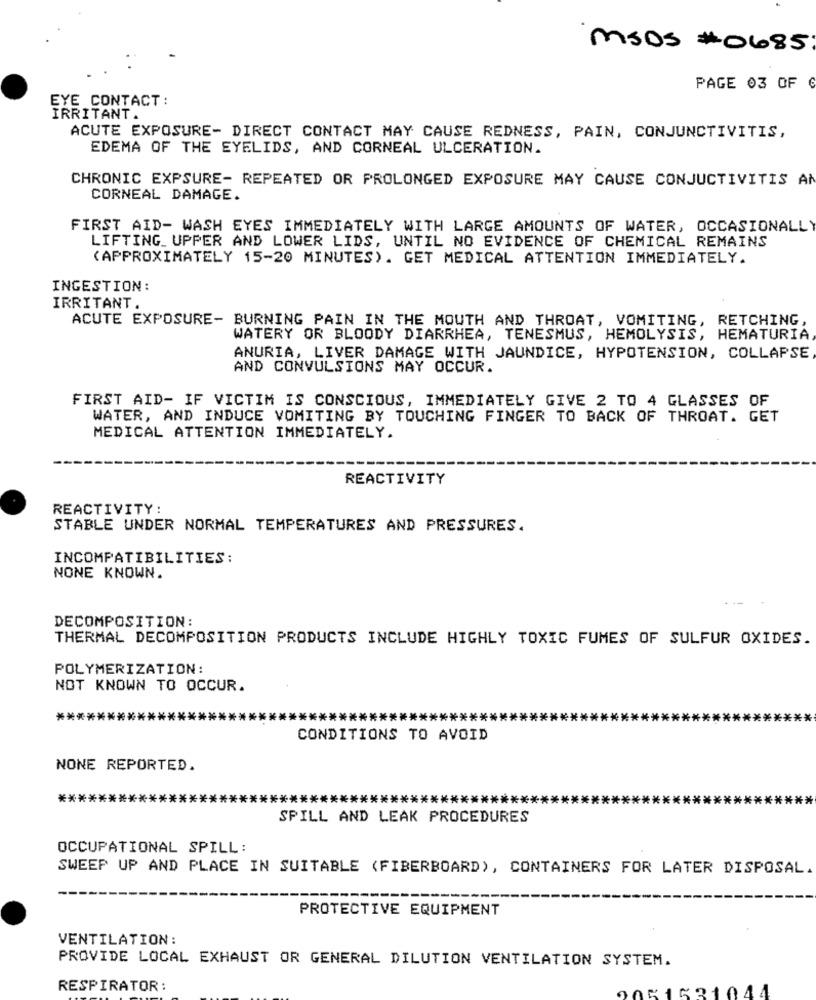
MSDS # 0685
PAGE 03 OF €
EYE CONTACT:
IRRITANT.
ACUTE EXPOSURE- DIRECT CONTACT MAY CAUSE REDNESS, PAIN, CONJUNCTIVITIS,
EDEMA OF THE EYELIDS, AND CORNEAL ULCERATION.
CHRONIC EXPSURE- REPEATED OR PROLONGED EXPOSURE MAY CAUSE CONJUCTIVITIS AN
CORNEAL DAMAGE.
FIRST AID- WASH EYES IMMEDIATELY WITH LARGE AMOUNTS OF WATER, OCCASIONALLY
LIFTING UPPER AND LOWER LIDS, UNTIL NO EVIDENCE OF CHEMICAL REMAINS
(APPROXIMATELY 15-20 MINUTES). GET MEDICAL ATTENTION IMMEDIATELY.
INGESTION:
IRRITANT.
ACUTE EXPOSURE- BURNING PAIN IN THE MOUTH AND THROAT, VOMITING, RETCHING,
WATERY OR BLOODY DIARRHEA, TENESMUS, HEMOLYSIS, HEMATURIA
ANURIA, LIVER DAMAGE WITH JAUNDICE, HYPOTENSION, COLLAPSE
AND CONVULSIONS MAY OCCUR.
FIRST AID- IF VICTIM IS CONSCIOUS, IMMEDIATELY GIVE 2 TO 4 GLASSES OF
WATER, AND INDUCE VOMITING BY TOUCHING FINGER TO BACK OF THROAT. GET
MEDICAL ATTENTION IMMEDIATELY.
REACTIVITY
REACTIVITY:
STABLE UNDER NORMAL TEMPERATURES AND PRESSURES.
INCOMPATIBILITIES:
NONE KNOWN.
---
DECOMPOSITION:
THERMAL DECOMPOSITION PRODUCTS INCLUDE HIGHLY TOXIC FUMES OF SULFUR OXIDES.
POLYMERIZATION:
NOT KNOWN TO OCCUR.
****
********
*****
CONDITIONS TO AVOID
NONE REPORTED.
*******************************************************************
*****
SPILL AND LEAK PROCEDURES
OCCUPATIONAL SPILL:
SWEEP UP AND PLACE IN SUITABLE (FIBERBOARD), CONTAINERS FOR LATER DISPOSAL.
PROTECTIVE EQUIPMENT
VENTILATION:
PROVIDE LOCAL EXHAUST OR GENERAL DILUTION VENTILATION SYSTEM.
RESPIRATOR:
051631044